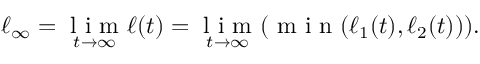
\ell _ { \infty } = \underset { t \to \infty } { \mathrm { ~ l ~ i ~ m ~ } } \ell ( t ) = \underset { t \to \infty } { \mathrm { ~ l ~ i ~ m ~ } } ( \mathrm { ~ m ~ i ~ n ~ } ( \ell _ { 1 } ( t ) , \ell _ { 2 } ( t ) ) ) .